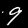
Label: 9